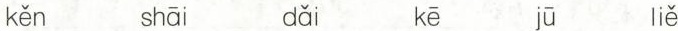
kěn shāi dǎi kē jū liě